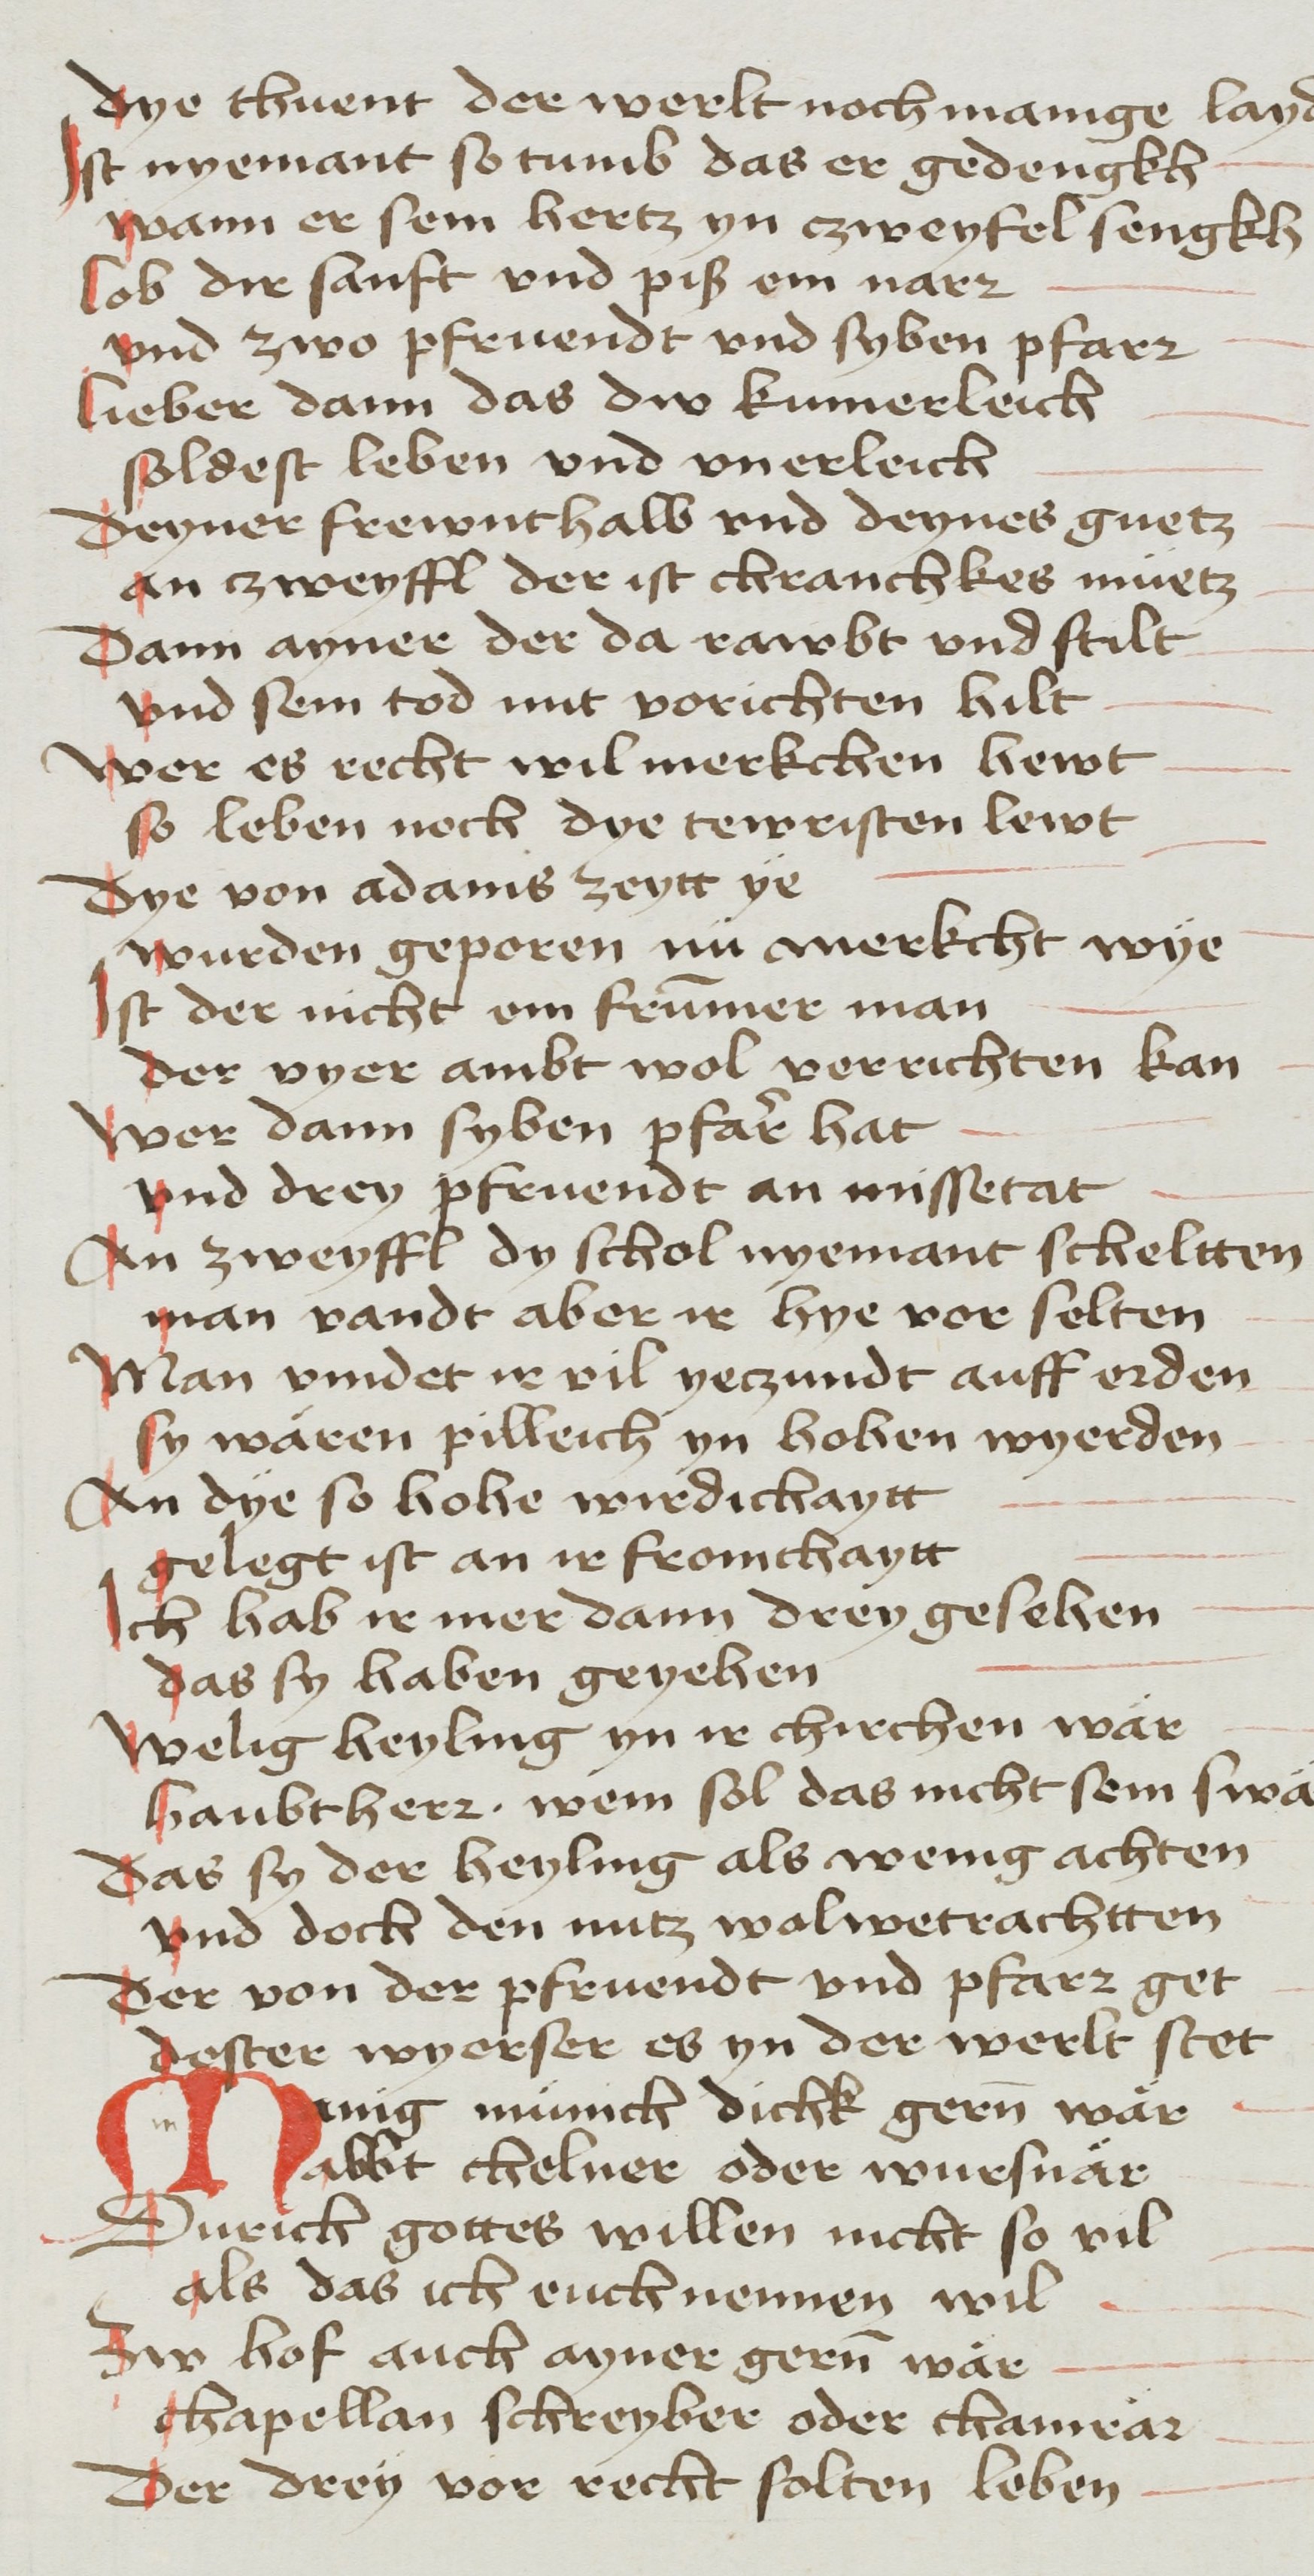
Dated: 1468–1468